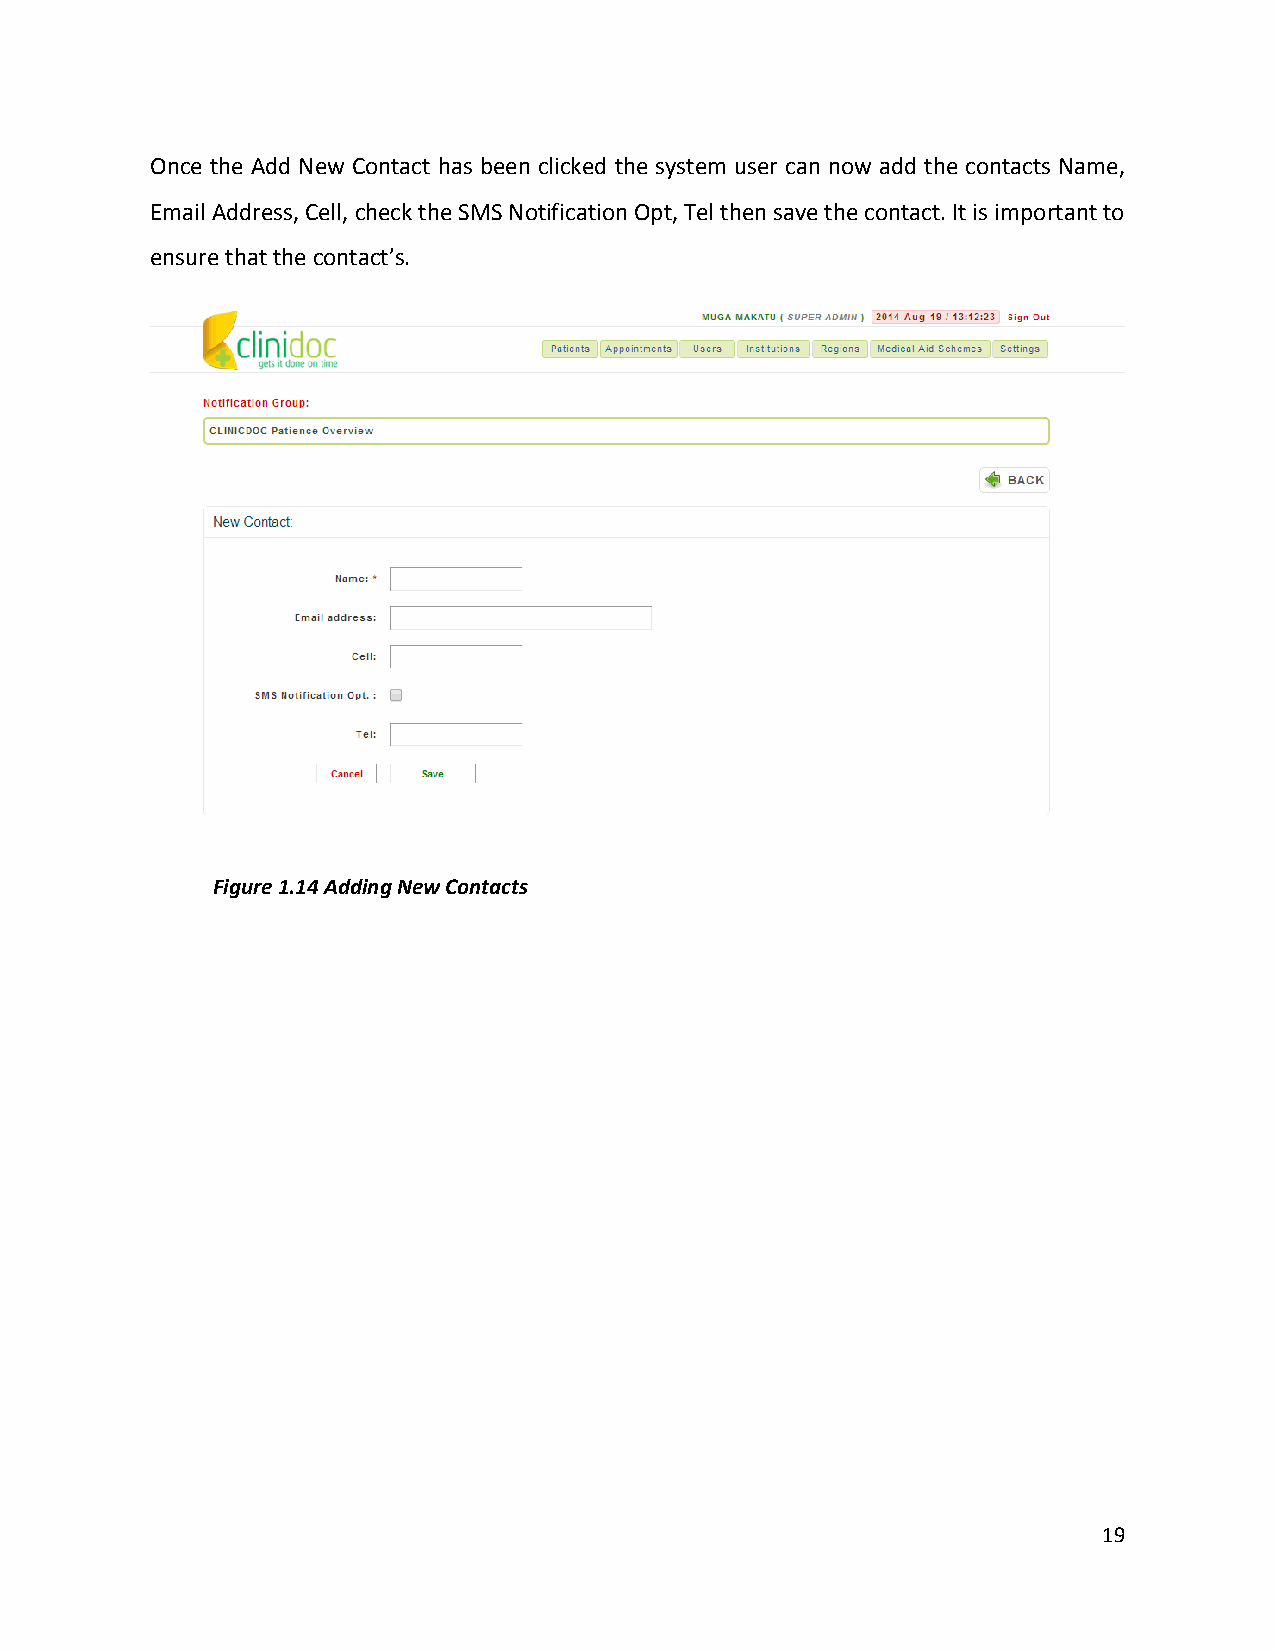
Once the Add New Contact has been clicked the system user can now add the contacts Name,
 Email Address, Cell, check the SMS Notification Opt, Tel then save the contact. It is important to
 ensure that the contact’s.
 Figure 1.14 Adding New C ontacts
 19